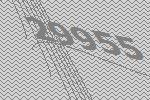
29955